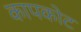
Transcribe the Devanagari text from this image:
कापकोट